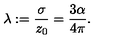
\lambda : = { \frac { \sigma } { z _ { 0 } } } = { \frac { 3 \alpha } { 4 \pi } } .